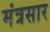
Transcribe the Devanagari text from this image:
मंत्रसार